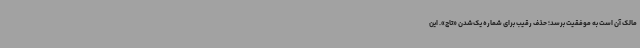
مالک آن است به موفقیت برسد؛ حذف رقیب برای شماره یک‌شدن «تاج». این